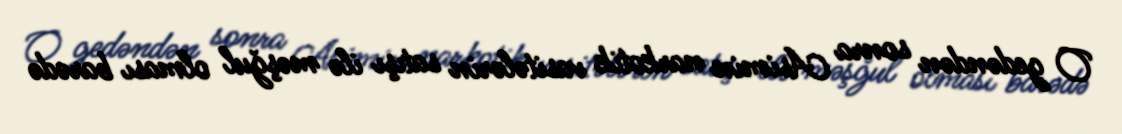
O gedəndən sonra Asimin narkotik vasitələrin satışı ilə məşğul olması barədə